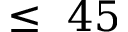
\le ~ 4 5